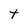
Character: t